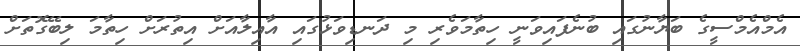
އެމްއެމްސީގެ ބަޔާނުގައި ބުނެފައިވަނީ ހިތާމަވެރި މި ދަނޑިވަޅުގައި އާއިލާއަށް އިތުރަށް ހިތާމަ ލިބޭގޮތަށް